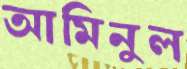
আমিনুল